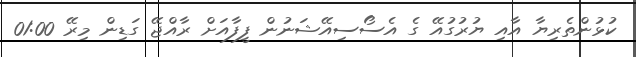
ކުޅުންތެރިޔާ އާއި ޔުރުގުއޭ ގެ އެސޯސިއޭޝަނުން ފީފާއަށް ރާއްޖޭ ގަޑިން މިރޭ 01:00